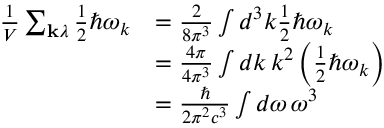
{ \begin{array} { r l } { { \frac { 1 } { V } } \sum _ { \mathbf { k } \lambda } { \frac { 1 } { 2 } } \hbar \omega _ { k } } & { = { \frac { 2 } { 8 \pi ^ { 3 } } } \int d ^ { 3 } k { \frac { 1 } { 2 } } \hbar \omega _ { k } } \\ & { = { \frac { 4 \pi } { 4 \pi ^ { 3 } } } \int d k \, k ^ { 2 } \left( { \frac { 1 } { 2 } } \hbar \omega _ { k } \right) } \\ & { = { \frac { \hbar } { 2 \pi ^ { 2 } c ^ { 3 } } } \int d \omega \, \omega ^ { 3 } } \end{array} }